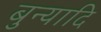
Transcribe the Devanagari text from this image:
बुन्यादि